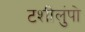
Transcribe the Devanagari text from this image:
टशीलुंपो